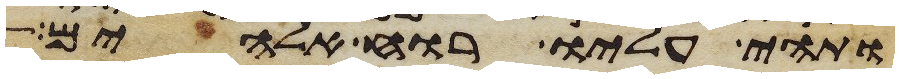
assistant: ותהי עליו רוח אלהים